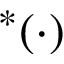
^ * ( \cdot )